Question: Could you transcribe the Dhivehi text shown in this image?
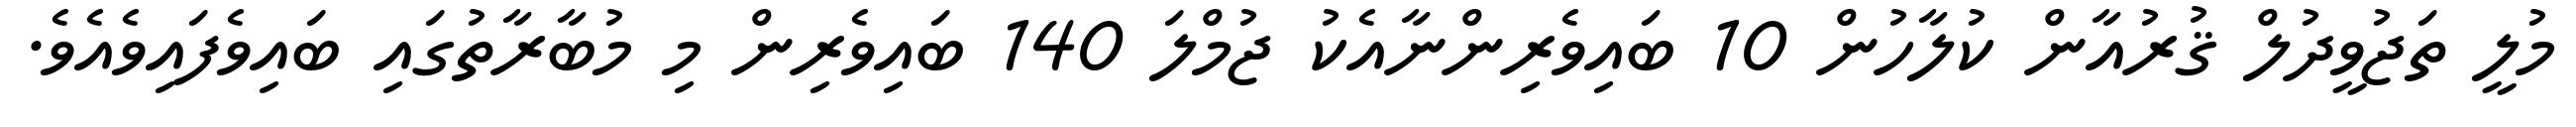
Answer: މުލީ ތަޖުވީދުލް ޤުރުއާން ކުލާހުން 10 ބައިވެރިންނާއެކު ޖުމްލަ 140 ބައިވެރިން މި މުބާރާތުގައި ބައިވެފައިވެއެވެ.